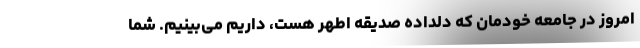
امروز در جامعه خودمان که دلداده صدیقه اطهر هست، داریم می‌بینیم. شما